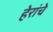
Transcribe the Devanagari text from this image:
हेरांचे